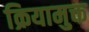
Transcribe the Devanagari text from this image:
क्रियामुक्त